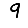
Digit: 9